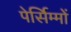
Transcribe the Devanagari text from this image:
पेर्सिम्मों